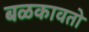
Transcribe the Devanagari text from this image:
बळकावतो